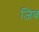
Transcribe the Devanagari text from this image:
जिब